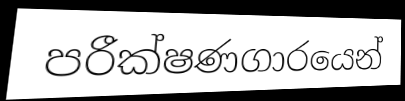
පරීක්ෂණගාරයෙන්